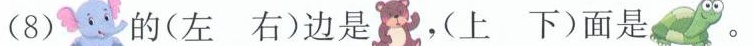
(8) 的(左 右)边是 ，(上 下)面是 。